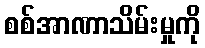
စစ်အာဏာသိမ်းမှုကို